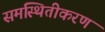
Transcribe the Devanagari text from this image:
समस्थितीकरण